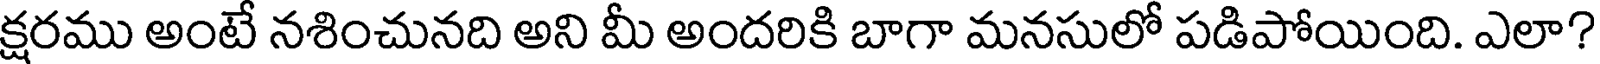
క్షరము అంటే నశించునది అని మీ అందరికి బాగా మనసులో పడిపోయింది. ఎలా?